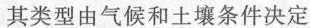
其类型由气候和土壤条件决定